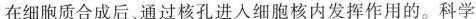
在细胞质合成后，通过核孔进入细胞核内发挥作用的。科学